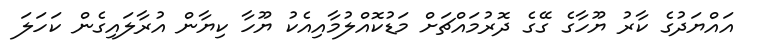
އައްޔަދުގެ ކާރު ޔޫހާގެ ގޭގެ ދޮރުމައްޗަށް މަޑުކޮއްލުމާއިއެކު ޔޫހާ ކިޔާން އުރާލައިގެން ކަހަލަ